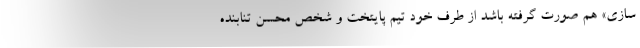
سازی» هم صورت گرفته باشد از طرف خود تیم پایتخت و شخص محسن تنابنده